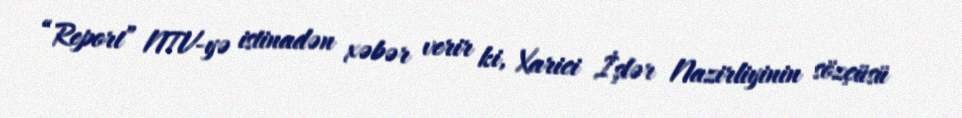
“Report” NTV-yə istinadən xəbər verir ki, Xarici İşlər Nazirliyinin sözçüsü